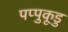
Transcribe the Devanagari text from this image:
पप्पुकूडु